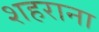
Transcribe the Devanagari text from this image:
शहराना